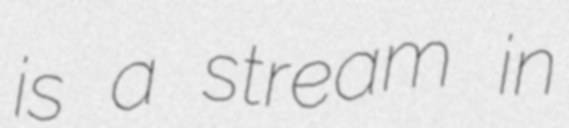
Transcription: is a stream in